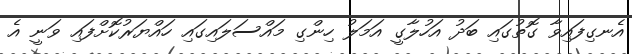
އެނގިފައިވާ ގޮތުގައި ބަދު އަހުލާގީ އަމަލު ހިންގި މައްސަލައިގައި ހައްޔަރުކޮށްފައި ވަނީ އެ